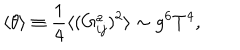
LaTeX: \langle \theta \rangle \equiv \frac { 1 } { 4 } \langle ( G _ { i j } ^ { a } ) ^ { 2 } \rangle \sim g ^ { 6 } T ^ { 4 } ,